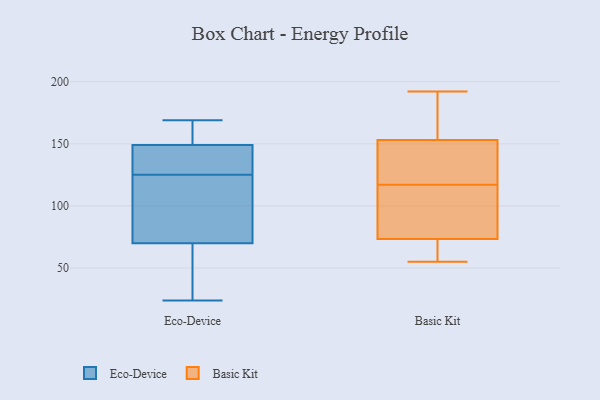
{"axis": {"x": "Backlog", "y": "Value"}, "legend": ["Basic Kit", "Eco-Device"], "data": [{"x": "", "y": 24, "type": "Eco-Device"}, {"x": "", "y": 163, "type": "Eco-Device"}, {"x": "", "y": 123, "type": "Eco-Device"}, {"x": "", "y": 65, "type": "Eco-Device"}, {"x": "", "y": 131, "type": "Eco-Device"}, {"x": "", "y": 144, "type": "Eco-Device"}, {"x": "", "y": 99, "type": "Eco-Device"}, {"x": "", "y": 162, "type": "Eco-Device"}, {"x": "", "y": 149, "type": "Eco-Device"}, {"x": "", "y": 169, "type": "Eco-Device"}, {"x": "", "y": 28, "type": "Eco-Device"}, {"x": "", "y": 149, "type": "Eco-Device"}, {"x": "", "y": 127, "type": "Eco-Device"}, {"x": "", "y": 50, "type": "Eco-Device"}, {"x": "", "y": 155, "type": "Eco-Device"}, {"x": "", "y": 51, "type": "Eco-Device"}, {"x": "", "y": 97, "type": "Eco-Device"}, {"x": "", "y": 139, "type": "Eco-Device"}, {"x": "", "y": 75, "type": "Eco-Device"}, {"x": "", "y": 85, "type": "Eco-Device"}, {"x": "", "y": 128, "type": "Basic Kit"}, {"x": "", "y": 184, "type": "Basic Kit"}, {"x": "", "y": 163, "type": "Basic Kit"}, {"x": "", "y": 108, "type": "Basic Kit"}, {"x": "", "y": 55, "type": "Basic Kit"}, {"x": "", "y": 143, "type": "Basic Kit"}, {"x": "", "y": 114, "type": "Basic Kit"}, {"x": "", "y": 68, "type": "Basic Kit"}, {"x": "", "y": 76, "type": "Basic Kit"}, {"x": "", "y": 86, "type": "Basic Kit"}, {"x": "", "y": 190, "type": "Basic Kit"}, {"x": "", "y": 120, "type": "Basic Kit"}, {"x": "", "y": 192, "type": "Basic Kit"}, {"x": "", "y": 131, "type": "Basic Kit"}, {"x": "", "y": 71, "type": "Basic Kit"}, {"x": "", "y": 61, "type": "Basic Kit"}]}